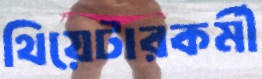
থিয়েটারকর্মী